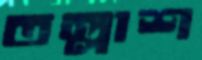
তল্লাশ